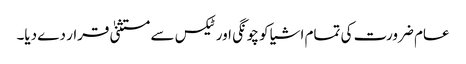
عام ضرورت کی تمام اشیا کو چونگی اور ٹیکس سے مستثنیٰ قرار دے دیا۔